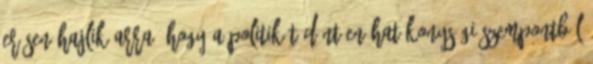
erősen hajlik arra, hogy a politikát döntően hatékonysági szempontból